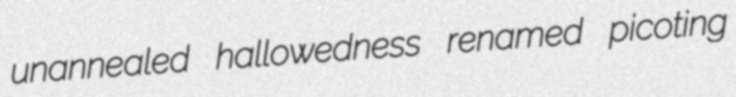
unannealed hallowedness renamed picoting